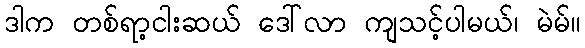
ဒါက တစ်ရာ့ငါးဆယ် ဒေါ်လာ ကျသင့်ပါမယ်၊ မဲမ်။